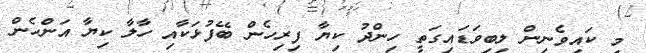
މި ކައިވެނިން ލިބިވަޑައިގަތީ ހިންދު ކިޔާ ފިރިހެން ބޭފުޅަކާއި ހާލާ ކިޔާ އަންހެން